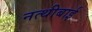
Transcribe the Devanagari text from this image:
नत्थीबाई